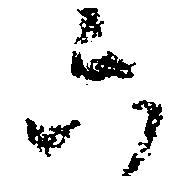
六